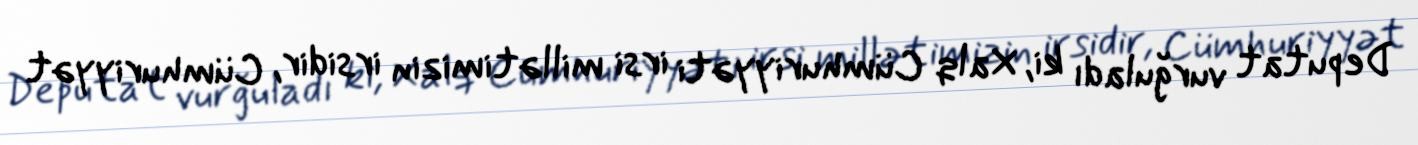
Deputat vurğuladı ki, Xalq Cümhuriyyəti irsi millətimizin irsidir, Cümhuriyyət